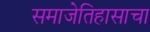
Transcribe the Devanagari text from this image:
समाजेतिहासाचा